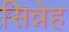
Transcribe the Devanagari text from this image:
सिन्नेह